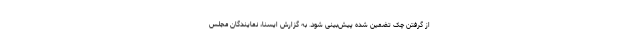
از گرفتن چک تضمین شده پیش‌بینی شود. به گزارش ایسنا، نمایندگان مجلس